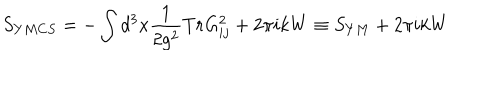
S _ { Y M C S } = - \int d ^ { 3 } x \frac { 1 } { 2 g ^ { 2 } } T r G _ { i j } ^ { 2 } + 2 \pi i k W \equiv S _ { Y M } + 2 \pi i k W